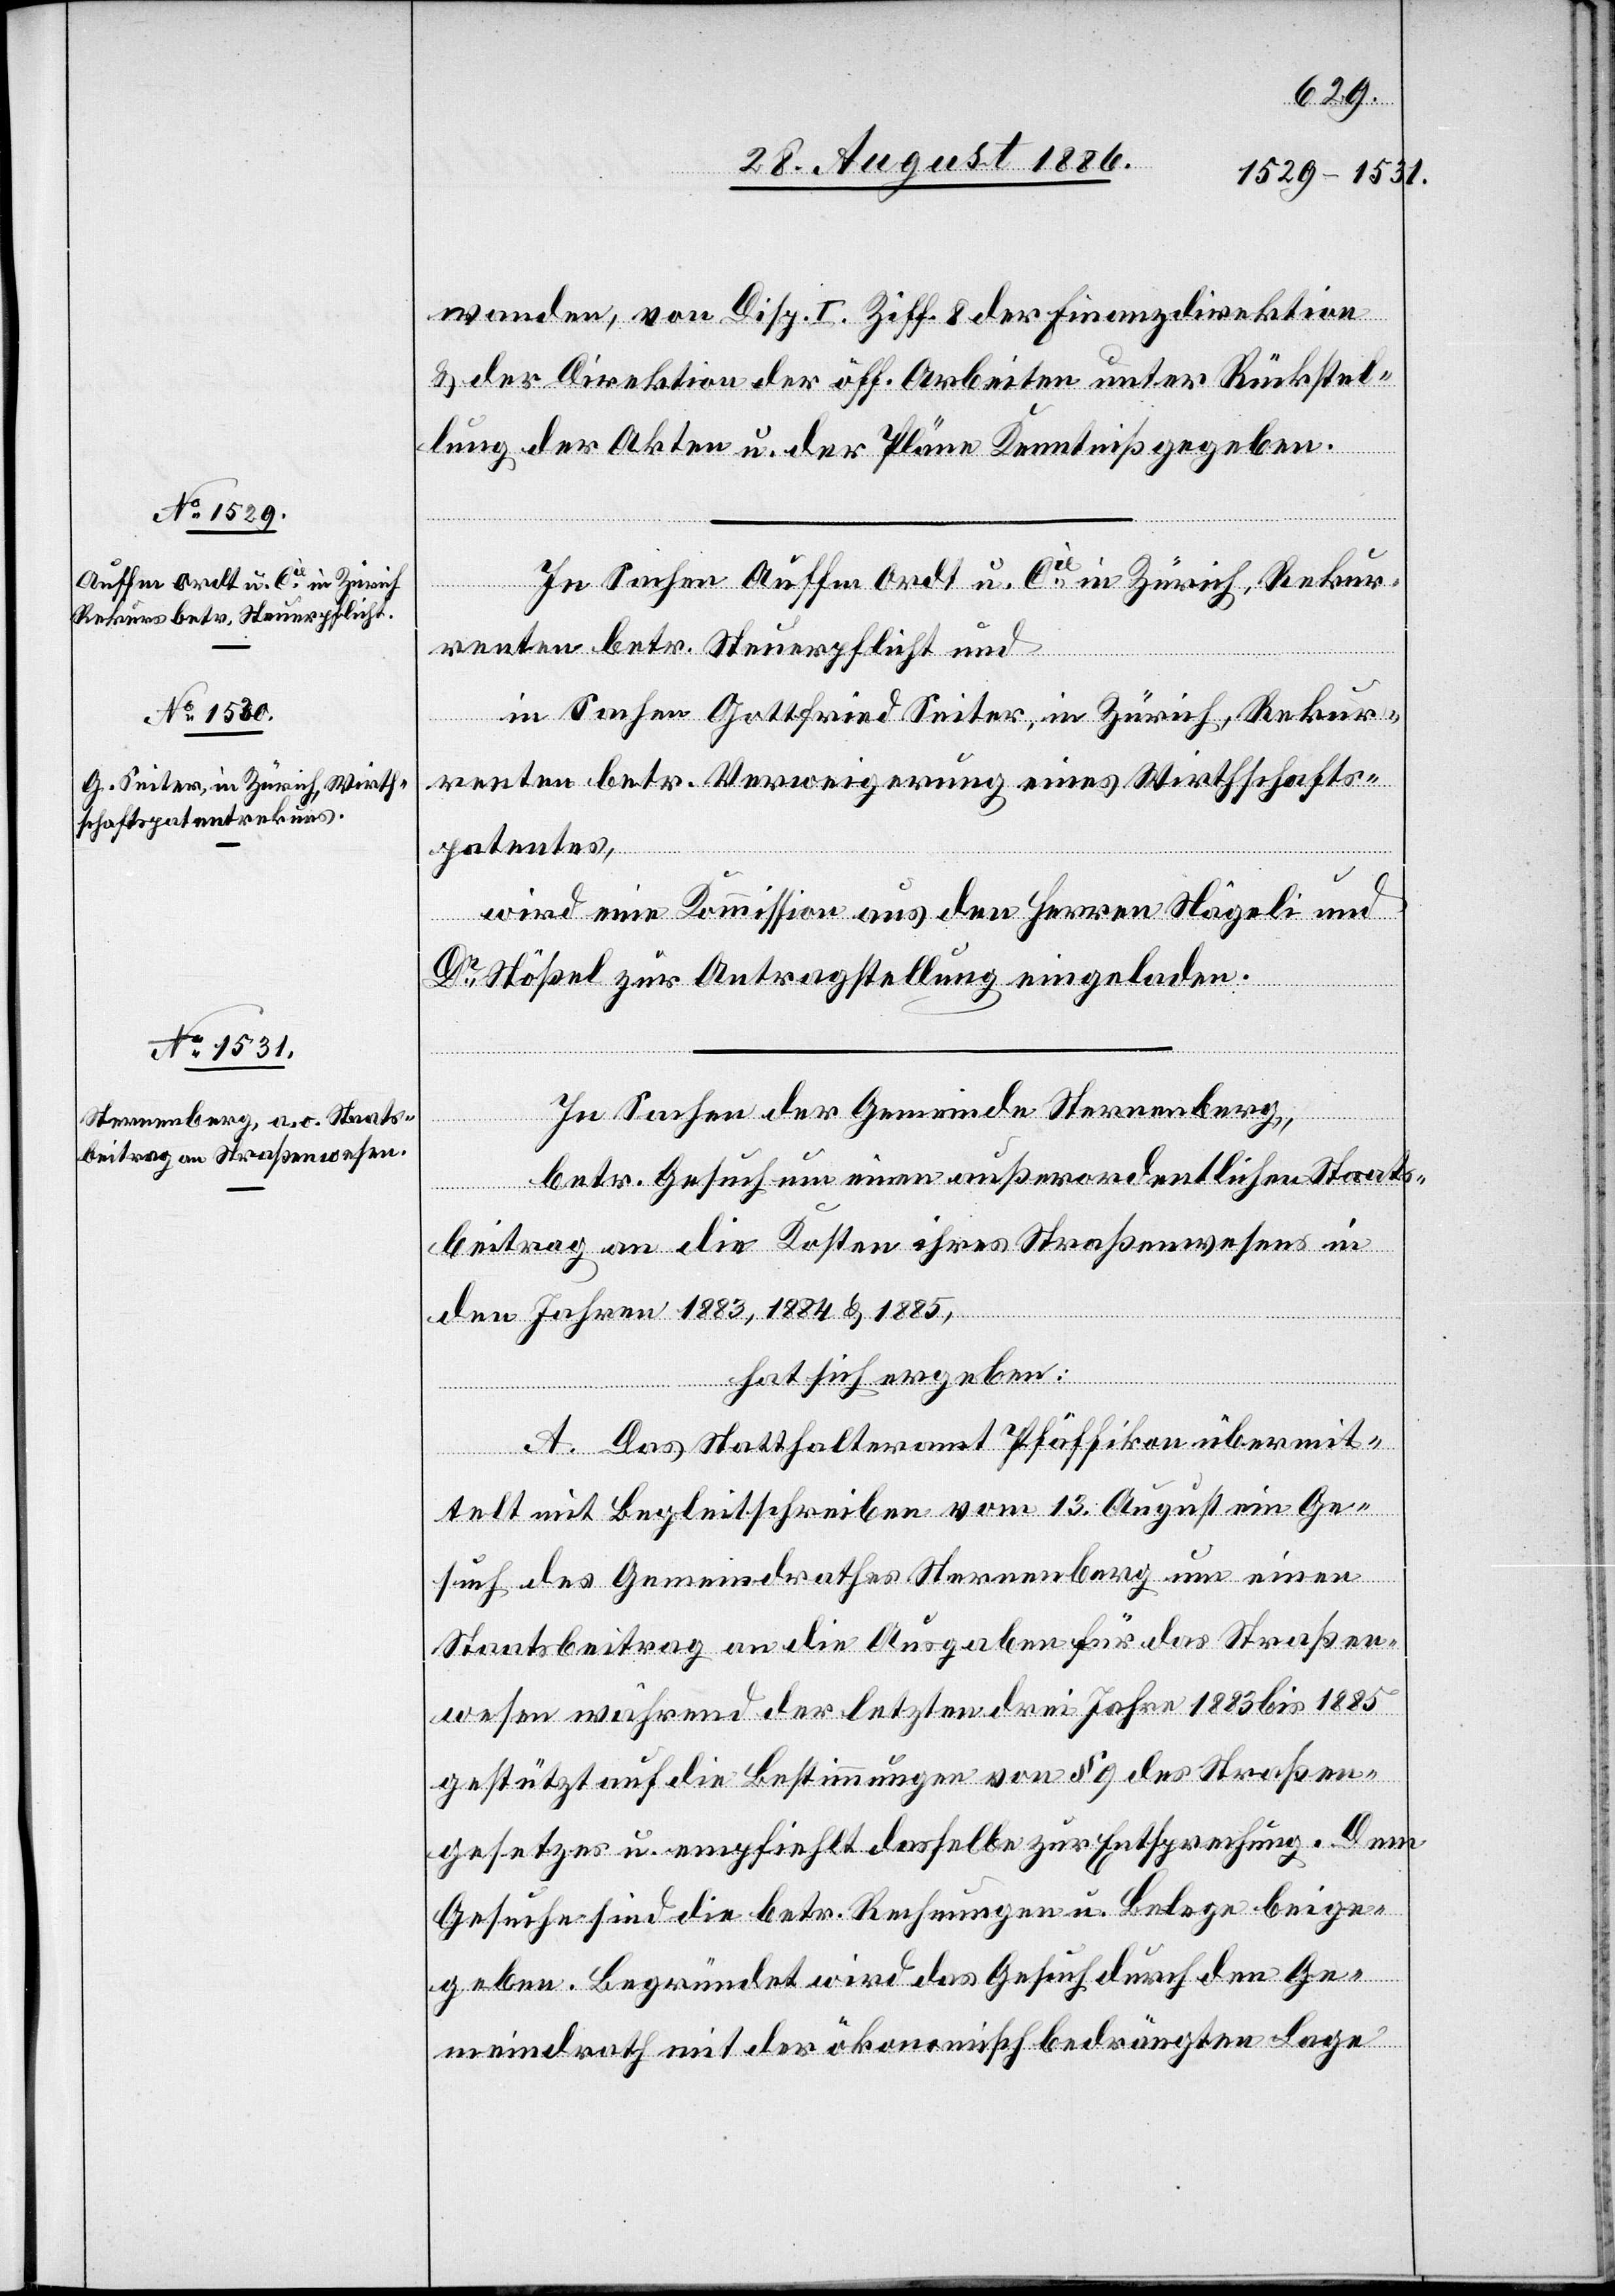
wanden, von Disp. I. Ziff. 8 der Finanzdirektion
& der Direktion der öff. Arbeiten unter Rückstel¬
lung der Akten u. der Pläne Kenntniß gegeben.
In Sachen Auffm Ordt u. Cie in Zürich, Rekur¬
renten betr. Steuerpflicht und
in Sachen Gottfried Seiter, in Zürich, Rekur¬
renten betr. Verweigerung eines Wirthschafts¬
patentes,
wird eine Kommission aus den Herren Nägeli und
Dr Stößel zur Antragstellung eingeladen.
In Sachen der Gemeinde Sternenberg,
betr. Gesuch um einen außerordentlichen Staats¬
beitrag an die Kosten ihres Straßenwesens in
den Jahren 1883, 1884 & 1885,
hat sich ergeben:
A. Das Statthalteramt Pfäffikon übermit¬
telt mit Begleitschreiben vom 13. August ein Ge¬
such des Gemeindrathes Sternenberg um einen
Staatsbeitrag an die Ausgaben für das Straßen¬
wesen während der letzten drei Jahre 1883 bis 1885
gestützt auf die Bestimmungen von § 9 des Straßen¬
gesetzes u. empfiehlt dasselbe zur Entsprechung. Dem
Gesuche sind die betr. Rechnungen u. Belege beige¬
geben. Begründet wird das Gesuch durch den Ge¬
meindrath mit der ökonomisch bedrängten Lage